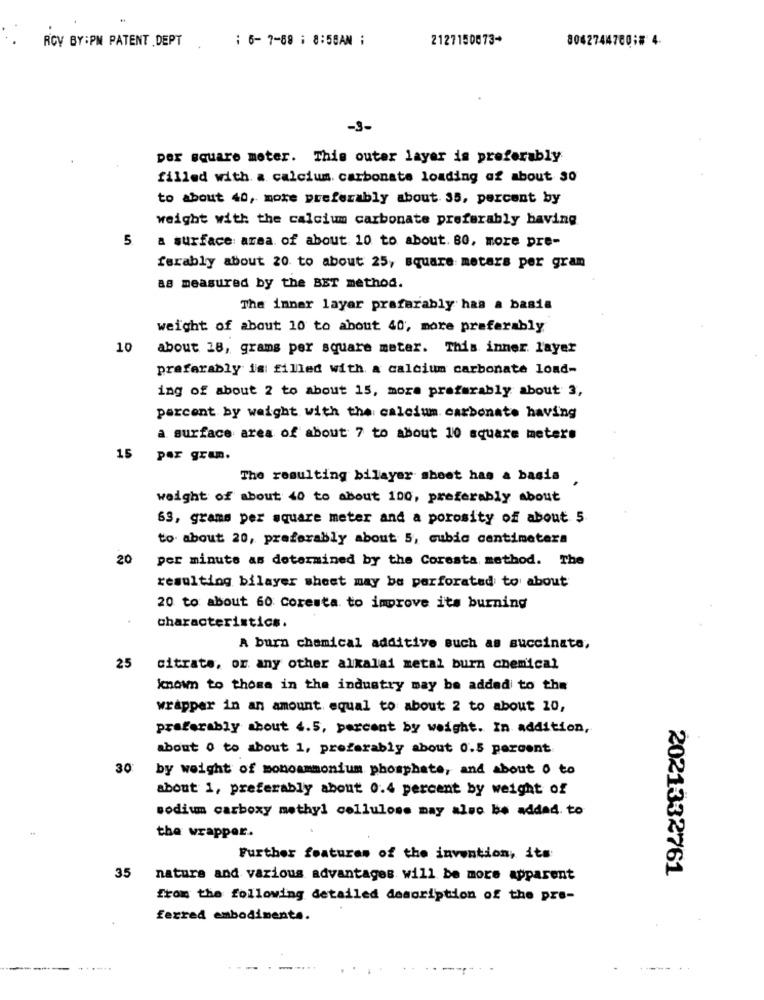
RCV BY:PM PATENT .DEPT
: 6- 7-88 : 8:58AN ;
2127150873*
8062744700;# 4.
-3-
per square meter. This outer layer is preferably
filled with a calcium carbonate loading af about 30
to about 40, more preferably about 35, percent by
weight with the calcium carbonate preferably having
5
a surface area of about 10 to about. 80, more pre-
ferably about 20 to about 25, square meters per gram
as measured by the BET method.
The inner layer prafarably has a basia
weight of about 10 to about 40, more preferably
10
about 28, grams per square meter. This inner layer
preferably is filled with a calcium carbonate lond-
ing of about 2 to about 15, mora preferably about 3,
percent by weight with the calcium carbonate having
a surface area of about 7 to about 10 square meters
15 par gram.
The resulting bilayer sheet has a basis ,
weight of about 40 to about 100, preferably about
63, grams per square meter and a porosity of about 5
to about 20, preferably about 5, cubic centimetera
20
per minute as determined by the Coresta method. The
resulting bilayer sheet may be perforated to about
20 to about 60 coresta to improve its burning
characteristics.
A burn chemical additive such as succinate,
25
citrate, or any other alkalai metal burn chemical
known to those in the industry may be added to the
wrapper in an amount equal to about 2 to about 10,
preferably about 4.5, percent by weight. In addition,
about 0 to about 1, preferably about 0.5 percent
30
by weight of monoammonium phosphate, and about o to
about 1, preferably about 0.4 percent by weight of
sodium carboxy methyl cellulose may also be added. to
the wrapper.
Further features of the invention, its
35
2021332761
nature and various advantages will be more apparent
from the following detailed description of the pre-
ferred embodiments.